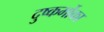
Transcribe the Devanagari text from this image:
दुष्कर्मोका